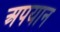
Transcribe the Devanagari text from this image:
अपयान